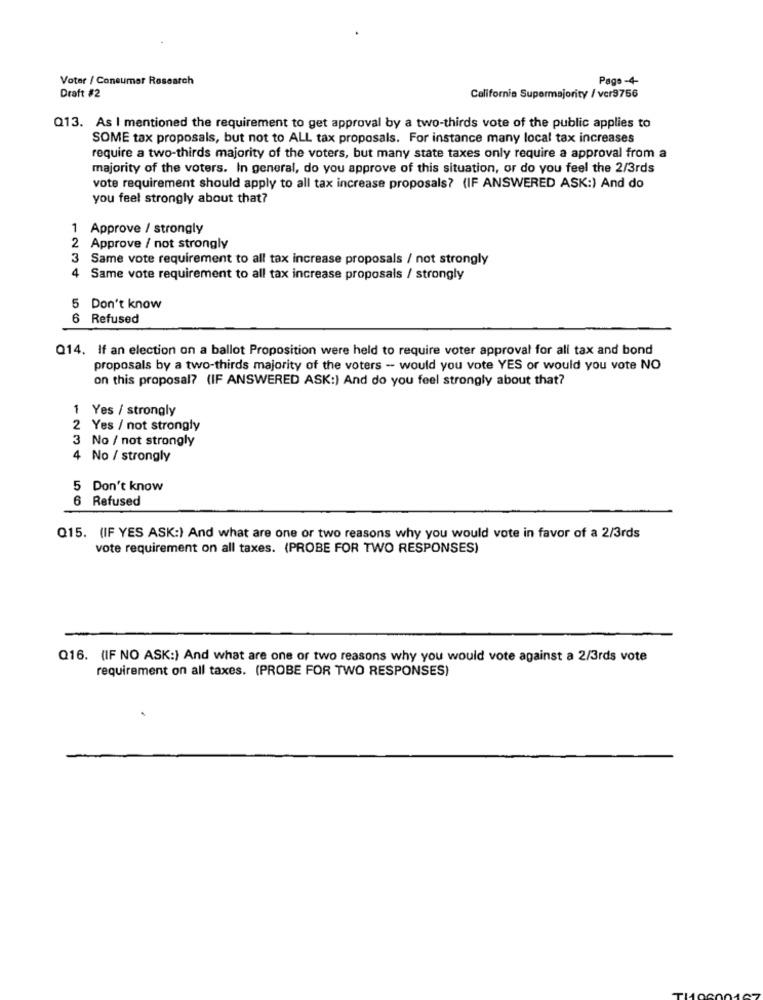
Voter / Consumer Research
Pago -4-
Draft #2
California Supermajority / vcr9756
Q13. As I mentioned the requirement to get approval by a two-thirds vote of the public applies to
SOME tax proposals, but not to ALL tax proposals. For instance many local tax increases
require a two-thirds majority of the voters, but many state taxes only require a approval from a
majority of the voters. In general, do you approve of this situation, or do you feel the 2/3rds
vote requirement should apply to all tax increase proposals? (IF ANSWERED ASK:) And do
you feel strongly about that?
1 Approve / strongly
Approve / not strongly
3Same vote requirement to all tax increase proposals / not strongly
4 Same vote requirement to all tax increase proposals / strongly
5 Don't know
6 Refused
Q14. If an election on a ballot Proposition were held to require voter approval for all tax and bond
proposals by a two-thirds majority of the voters - would you vote YES or would you vote NO
on this proposal? (IF ANSWERED ASK:) And do you feel strongly about that?
1 Yes / strongly
2 Yes / not strongly
No / not strongly
4 No / strongly
5 Don't know
Refused
Q15. (IF YES ASK:) And what are one or two reasons why you would vote in favor of a 2/3rds
vote requirement on all taxes. (PROBE FOR TWO RESPONSES)
Q16. (IF NO ASK:) And what are one or two reasons why you would vote against a 2/3rds vote
requirement on all taxes. (PROBE FOR TWO RESPONSES)